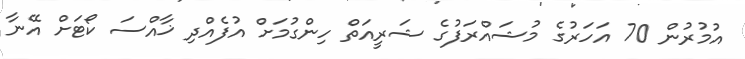
އުމުރުން 70 އަހަރުގެ މުޝައްރަފުގެ ޝަރީއަތް ހިންގުމަށް އުފެއްދި ޚާއްސަ ކޯޓަށް އޭނާ